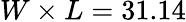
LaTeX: W\times L=31.14